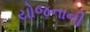
યોજનાની